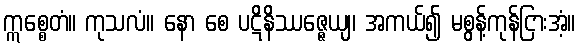
ဣစ္စေတံ။ ကုသလံ။ နော စေ ပဋိနိဿဇ္ဇေယျ၊ အကယ်၍ မစွန့်ကုန်ငြားအံ့။